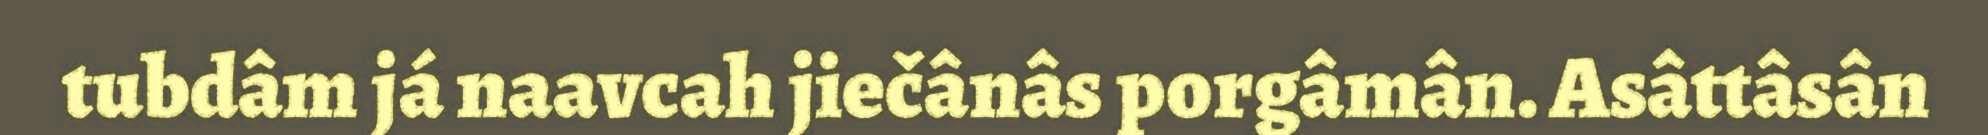
tubdâm já naavcah jiečânâs porgâmân. Asâttâsân